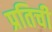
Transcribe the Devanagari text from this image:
प्रतिची